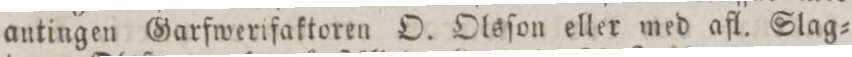
antingen Garfwerifaktoren O. Olsſon eller med afl. Slag=